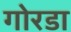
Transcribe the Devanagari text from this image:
गोरडा